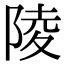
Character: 陵